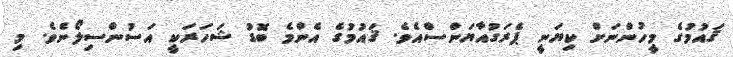
ޤައުމުގެ މީހުންނަށް ކިޔަނީ ޕެރަގުއާޔަންސްއެވެ. ޤައުމުގެ އެންމެ ބޮޑު ޝަހަރަކީ އަސުންސިލޯނެވެ. މި